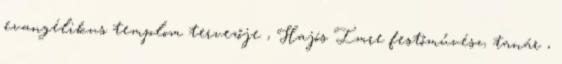
evangélikus templom tervezője , Hajós Imre festőművész, tanár ,